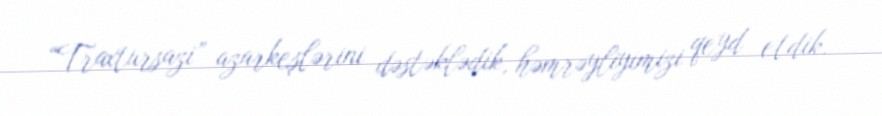
“Traxtursazi” azarkeşlərini dəstəklədik, həmrəyliyimizi qeyd etdik.